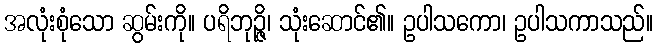
အလုံးစုံသော ဆွမ်းကို။ ပရိဘုဉ္ဇိ၊ သုံးဆောင်၏။ ဥပါသကော၊ ဥပါသကာသည်။